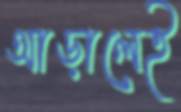
আড়ালেই